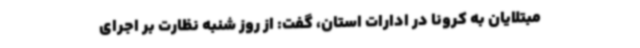
مبتلایان به کرونا در ادارات استان، گفت: از روز شنبه نظارت بر اجرای